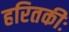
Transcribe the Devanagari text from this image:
हरितकीः